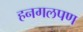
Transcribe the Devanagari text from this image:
हनगलपण